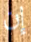
إن